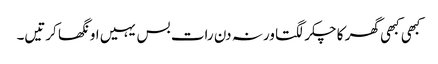
کبھی کبھی گھر کا چکر لگتا ورنہ دن رات بس یہیں اونگھا کرتیں۔